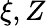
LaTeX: \xi,Z